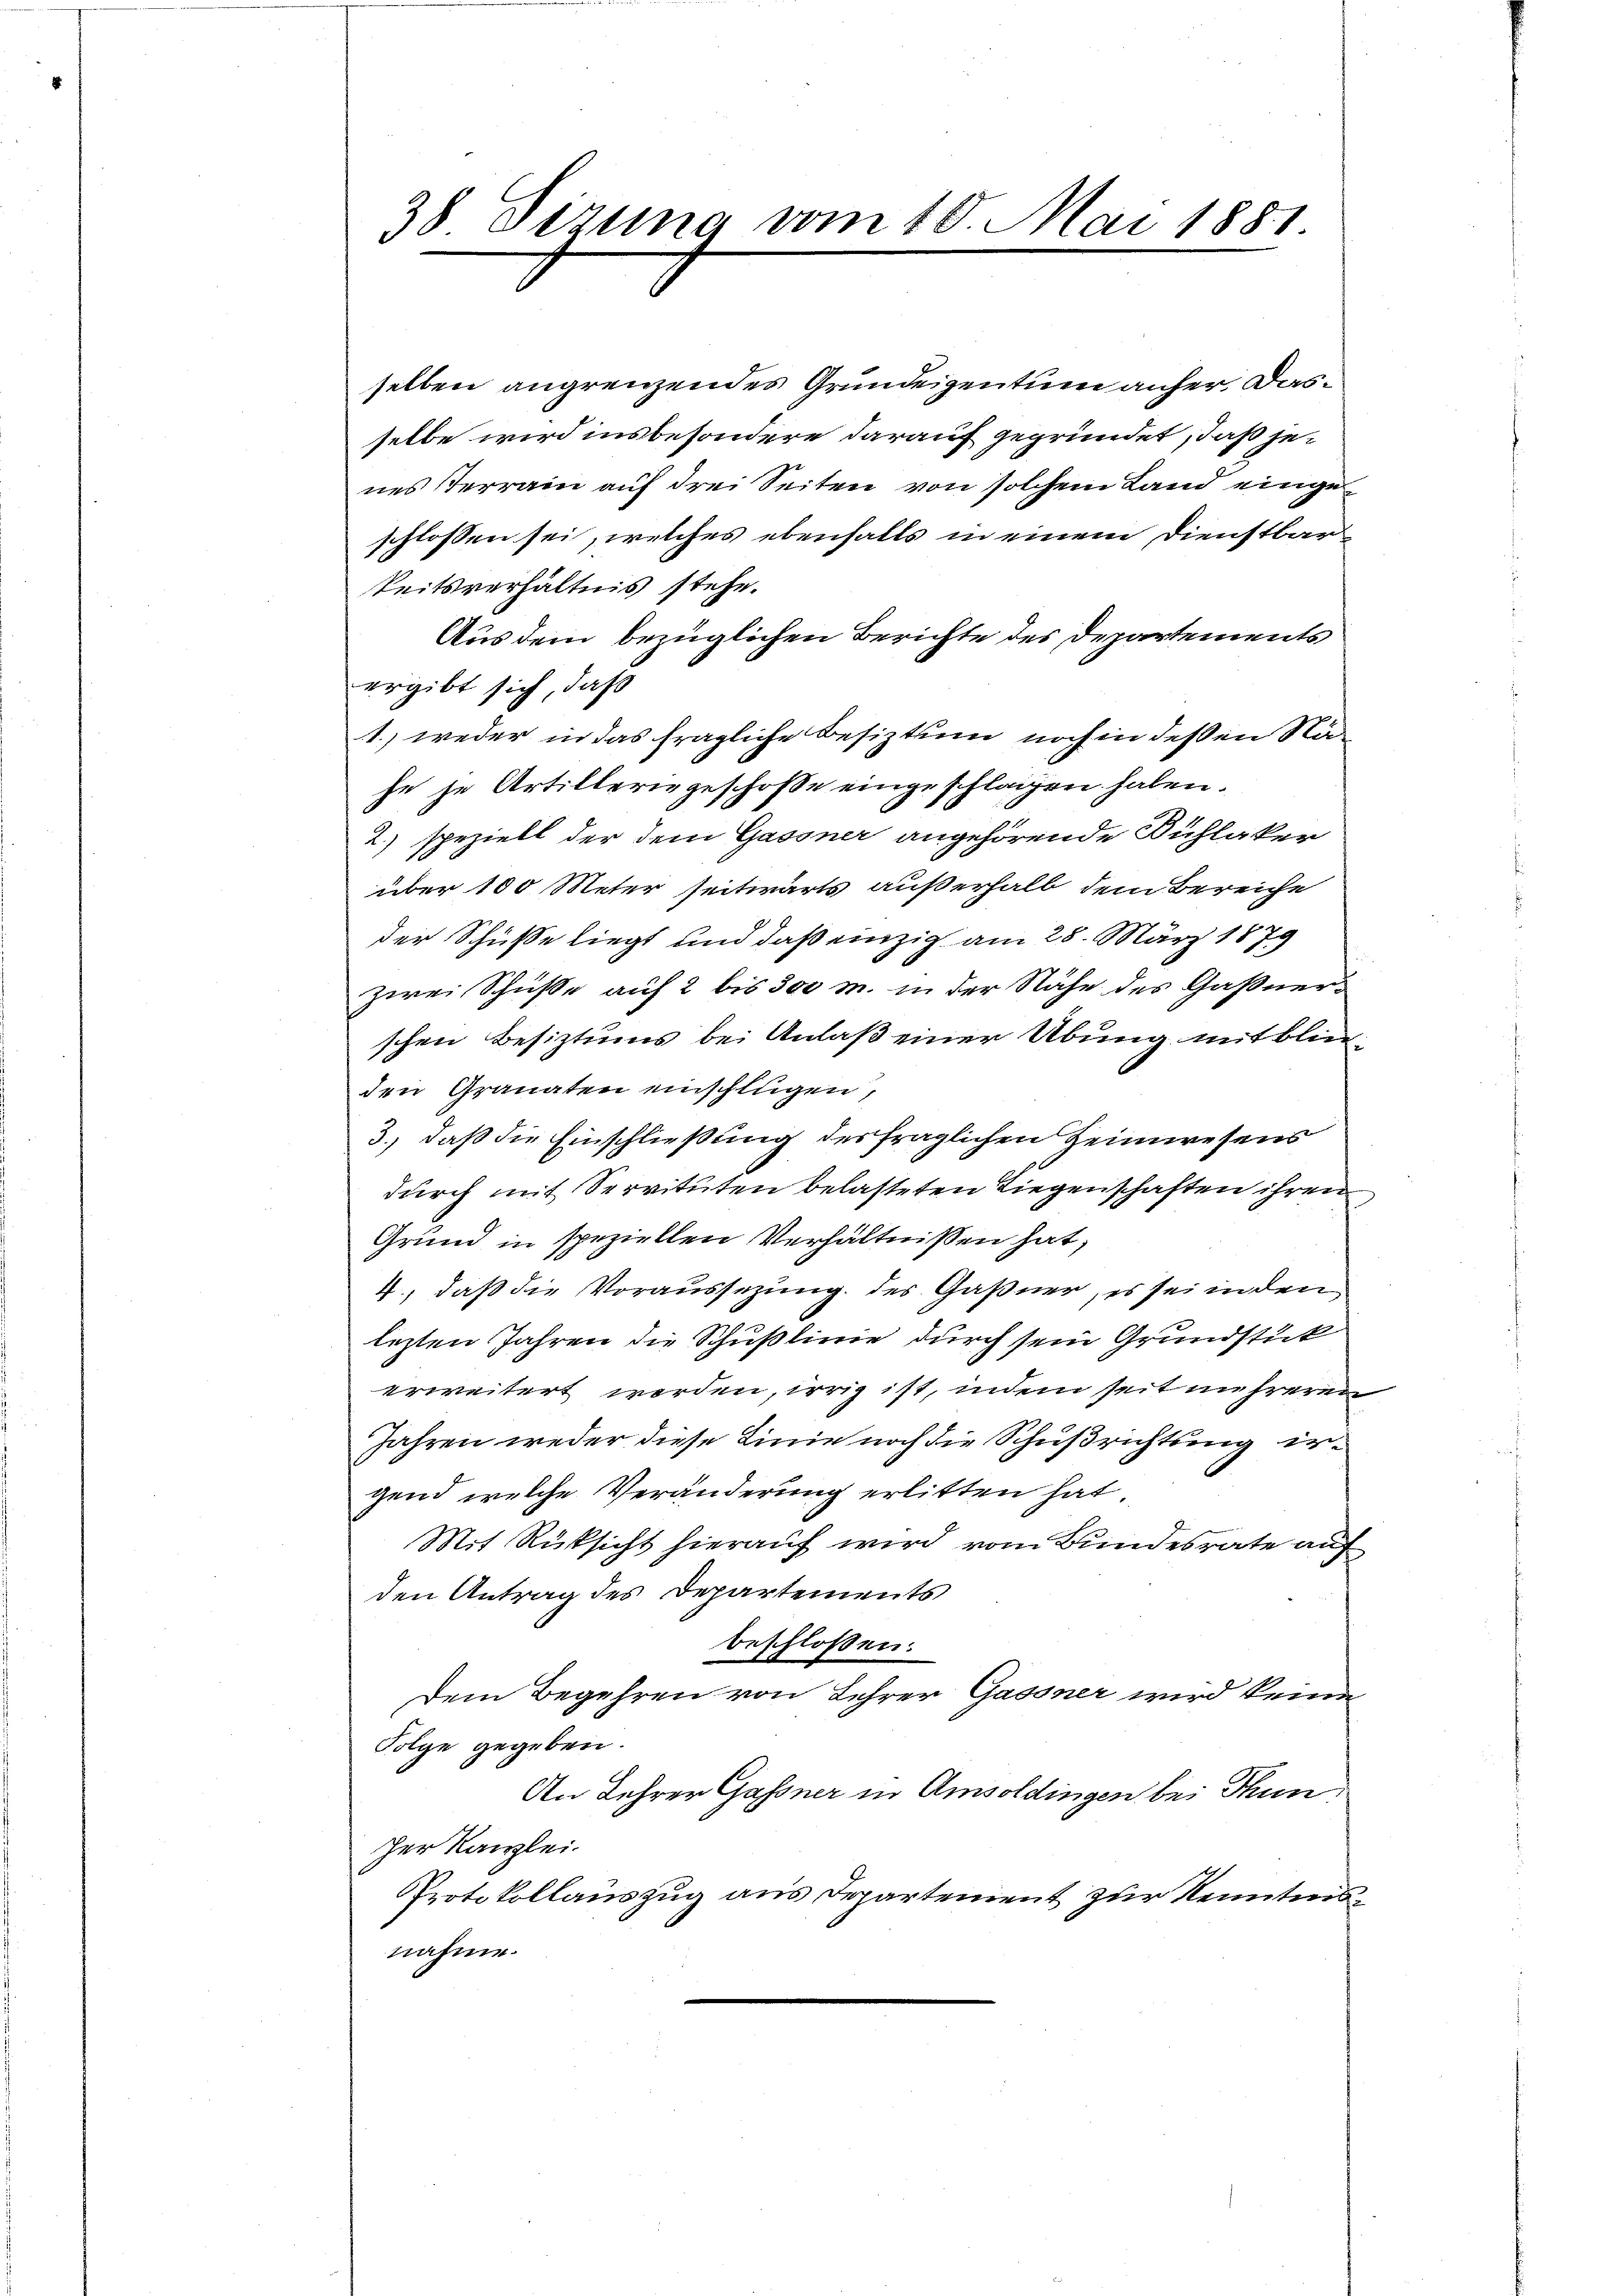
38 Sizung vom 10. Mai 1881.

selben angrenzendes Grundeigentum anher. Dasselbe wird insbesondere darauf gegründet, daß jenes Terrain auf drei Seiten von solchem Land einge
schlossen sei, welches ebenfalls in einem Dienstbar
keitsverhältnis stehe.
Aus dem bezüglichen Berichte des Departements
ergibt sich, daß
1.) weder in das fragliche Besiztung noch in deßen Nähe je Artillerie geschoße eingeschlagen haben.
2.) speziell der dem Gassner angehörende Bühlaker
über 100 Meter seitwärts außerhalb dem Bereiche
der Schüße liegt und daß einzig am 28. März 1879
zwei Schüsse auf 2 bis 300 m. in der Nähe des Gaßnerschen Besiztums bei Anlaß einer Übung mit blinden Granaten einschlügen,
3., daß die Einschließung des fraglichen Heimwesens
durch mit Servituten belasteten Liegenschaften ihren
Grund in speziellen Verhältnissen hat,
4., daß die Voraussezung des Gaßner, es sei in den
lezten Jahren die Schußlinie durch sein Grundstück
erweitert werden, irrig ist, indem seit mehreren
Jahren weder diese Linie noch die Schußrichtung irgend welche Veränderung erlitten hat.
Mit Rüksicht hierauf wird vom Bundesrate auf
den Antrag des Departements
beschlossen:
Dem Begehren von Lehrer Gassner wird keine
Folge gegeben.
An Lehrer Gassner in Amsoldingen bei Thun
zer Kanzlei.
Protokollauszug aus Departement zur Kenntnisnahme.